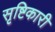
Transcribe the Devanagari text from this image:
सृष्टिकारी